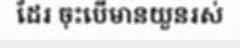
ដែរ ចុះបើមានយួនរស់